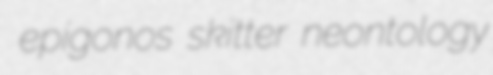
epigonos skitter neontology